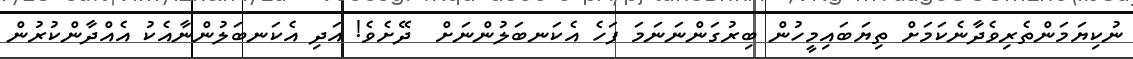
ނުކިޔަމަންތެރިވެދާނެކަމަށް ތިޔަބައިމީހުން ބިރުގަންނަނަމަ ފަހެ އެކަނބަލުންނަށް  ދޭށެވެ! އަދި އެކަނބަލުންނާއެކު އެއްދާންކުރުން